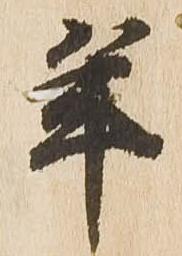
年